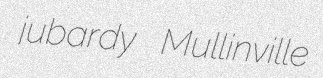
jubardy Mullinville